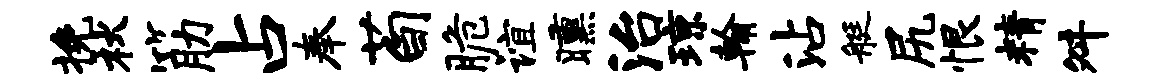
挽秋筋占奉荀脆谊曛治琼翰沾艇尻恨精舛